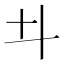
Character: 𠥼